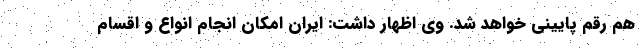
هم رقم پایینی خواهد شد. وی اظهار داشت: ایران امکان انجام انواع و اقسام